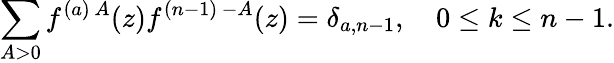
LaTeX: \sum_{A>0}f^{(a)\, A}(z)f^{(n-1)\, -A}(z)=\delta_{a,n-1},\quad 0\leq k\leq n-1.